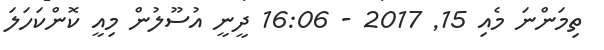
ތިމަންނަ މެއި 15